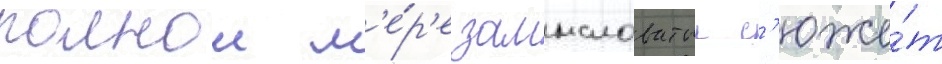
полнои м'е́р'е замысловатыи с'юже́т